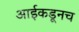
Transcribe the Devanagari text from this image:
आईकडूनच